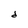
Character: d